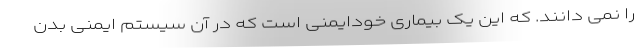
را نمی دانند. که این یک بیماری خودایمنی است که در آن سیستم ایمنی بدن